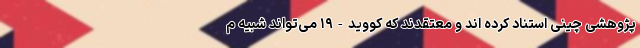
پژوهشی چینی استناد کرده اند و معتقدند که کووید-۱۹ می‌تواند شبیه م